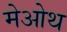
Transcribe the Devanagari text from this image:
मेओथ